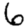
Digit: 6